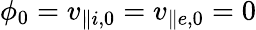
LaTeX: \phi_{0}=v_{\parallel i,0}=v_{\parallel e,0}=0